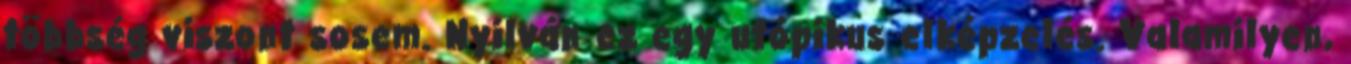
többség viszont sosem. Nyilván ez egy utópikus elképzelés. Valamilyen,